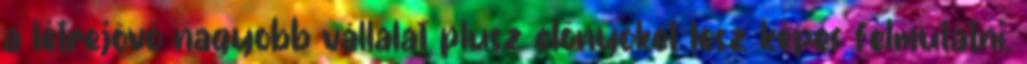
a létrejövő nagyobb vállalat plusz előnyöket lesz képes felmutatni.